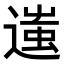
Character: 𨖀